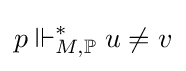
p\Vdash _{M,\mathbb {P} }^{*}u\neq v